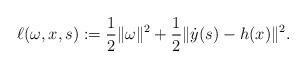
LaTeX: \begin{align*} \ell(\omega,x,s) := \frac{1}{2} \| \omega \|^2 + \frac{1}{2} \| \dot y(s) - h(x) \|^2.\end{align*}